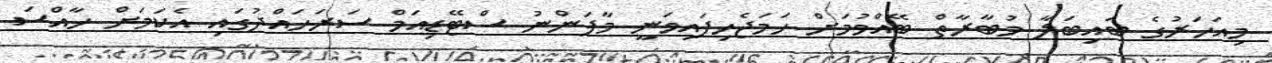
މިއަހަރުގެ ބައިބަލާ މުބާރާތް ބޭއްވުމަށް ހަމަޖެހިފައިވަނީ މާފަންނު ސްޓޭޑިއަމް ސަރަހައްދުގައި އެކަމަށް ހާއްސަ